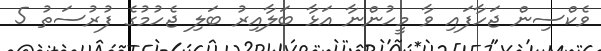
ވެކްސިން ޖަހާފައި ވާ މީހުންނާ އަޅާ ބަލާއިރު ބަލި ޖެހުމުގެ ފުރުސަތު 5